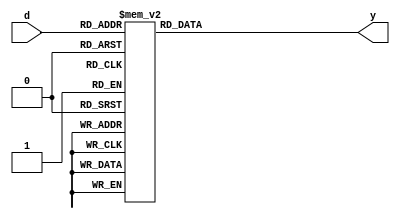
`timescale 1ns / 1ps
//////////////////////////////////////////////////////////////////////////////////
// Company: 
// Engineer: 
// 
// Design Name: 
// Module Name:    decoder3_8_bh 
// Project Name: 
// Target Devices: 
// Tool versions: 
// Description: 
//
// Dependencies: 
//
// Revision: 
// Revision 0.01 - File Created
// Additional Comments: 
//
//////////////////////////////////////////////////////////////////////////////////
module decoder3_8_bh(
    input [2:0] d,
    output reg [7:0] y
    );
always@(*)
begin 
case(d)
3'b000: y= 8'b00000001;
3'b001: y= 8'b00000010;
3'b010: y= 8'b00000100;
3'b011: y= 8'b00001000;
3'b100: y= 8'b00010000;
3'b101: y= 8'b00100000;
3'b110: y= 8'b01000000;
3'b111: y= 8'b10000000;
endcase
end
endmodule